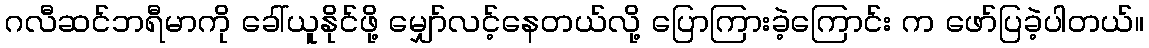
ဂလီဆင်ဘရီမာကို ခေါ်ယူနိုင်ဖို့ မျှော်လင့်နေတယ်လို့ ပြောကြားခဲ့ကြောင်း က ဖော်ပြခဲ့ပါတယ်။